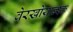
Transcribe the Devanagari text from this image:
वेरख़ोयान्स्क